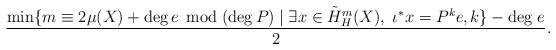
LaTeX: \begin{align*}\frac{\min \{ m \equiv 2\mu(X)+\mathrm{deg}\, e \, \bmod{(\deg P)} \mid \exists x \in \tilde{H}^m_H(X),\; \iota^*x=P^ke, k\}-\mathrm{deg}\; e}{2}.\end{align*}